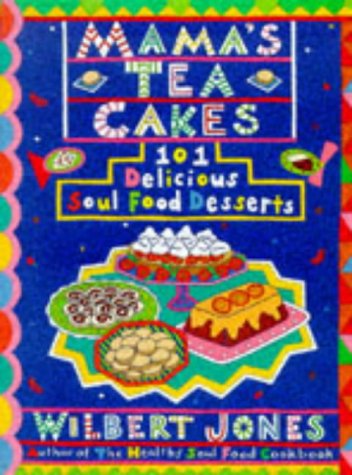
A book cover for Mama's Tea Cakes: 101 Soul Food Desserts; Wilbert Jones; Cookbooks, Food & Wine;